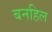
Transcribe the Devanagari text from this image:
बनहिल